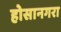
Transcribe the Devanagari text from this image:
होसानगरा